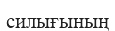
силығының